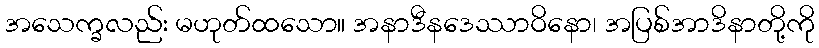
အသေက္ခလည်း မဟုတ်ထသော။ အနာဒီနဒေဿာဝိနော၊ အပြစ်အာဒိနာတို့ကို